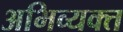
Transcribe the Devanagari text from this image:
अभिव्‍यक्त